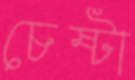
চেষ্টা